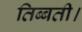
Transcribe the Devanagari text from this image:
तिब्बती।